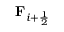
\mathbf { F } _ { i + \frac { 1 } { 2 } }